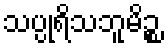
သပ္ပုရိသဘူမိဉ္စ